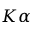
K \alpha